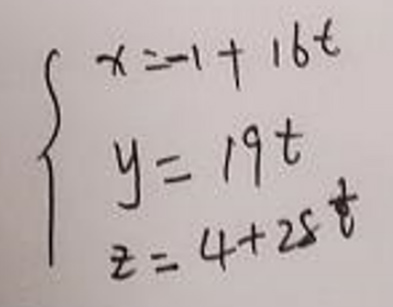
\[
\begin{cases}
x=-1 + 16t \\
y = 19t \\
z = 4+25t
\end{cases}
\]